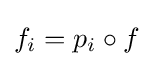
f_{i}=p_{i}\circ f